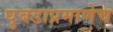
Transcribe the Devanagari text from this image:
घुबडाप्रमाणेच